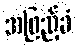
အဖြည့်ခံ